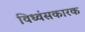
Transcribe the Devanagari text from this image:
विध्वंसकारक